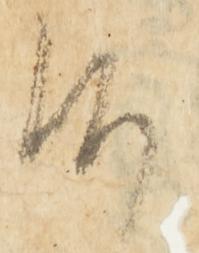
候